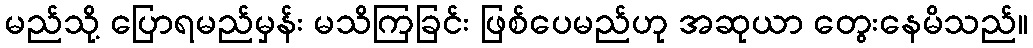
မည်သို့ ပြောရမည်မှန်း မသိကြခြင်း ဖြစ်ပေမည်ဟု အဆုယာ တွေးနေမိသည်။